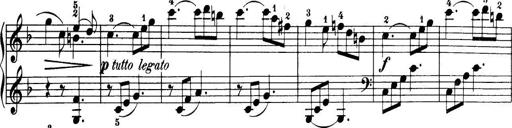
Title: 32 Sonatinas and Rondos for the Piano
Composer: Richard Kleinmichel